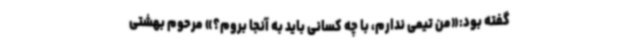
گفته بود:«من تیمی ندارم، با چه کسانی باید به آنجا بروم؟» مرحوم بهشتی